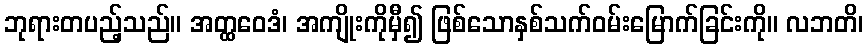
ဘုရားတပည့်သည်။ အတ္ထဝေဒံ၊ အကျိုးကိုမှီ၍ ဖြစ်သောနှစ်သက်ဝမ်းမြောက်ခြင်းကို။ လဘတိ၊